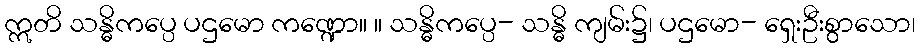
ဣတိ သန္ဓိကပ္ပေ ပဌမော ကဏ္ဍော။ ။ သန္ဓိကပ္ပေ- သန္ဓိ ကျမ်း၌၊ ပဌမော- ရှေးဦးစွာသော၊